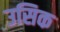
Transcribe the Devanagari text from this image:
उसिक